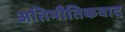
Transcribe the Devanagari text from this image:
अतिभौतिकवाद